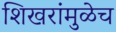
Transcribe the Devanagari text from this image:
शिखरांमुळेच